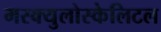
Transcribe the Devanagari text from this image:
मस्क्युलोस्केलिटल